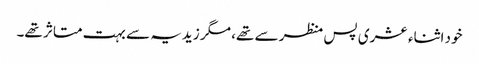
خود اثناء عشری پس منظر سے تھے، مگر زیدیہ سے بہت متاثر تھے۔